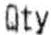
QTY